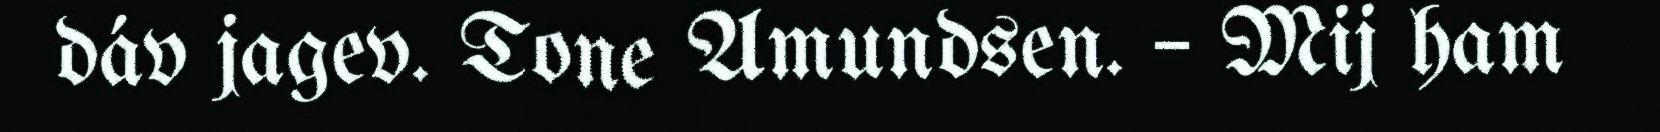
dáv jagev. Tone Amundsen. – Mij ham